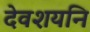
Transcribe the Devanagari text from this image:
देवशयनि